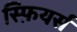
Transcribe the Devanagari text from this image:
स्फ़ियर्स